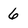
Character: 6